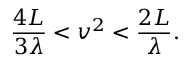
\frac { 4 L } { 3 \lambda } < v ^ { 2 } < \frac { 2 L } \lambda .